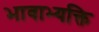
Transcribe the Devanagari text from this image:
भावाभ्यक्ति